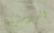
البلاستيكية